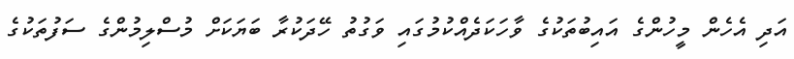
އަދި އެހެން މީހުންގެ އައިބުތަކުގެ ވާހަކަދެއްކުމުގައި ވަގުތު ހޭދަކުރާ ބަޔަކަށް މުސްލިމުންގެ ސަފުތަކުގެ